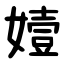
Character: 嬄